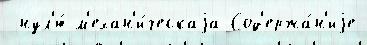
 нул'ю́ м'ехан'и́ческаjа Сод'ержа́н'иjе